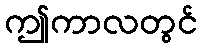
ဤကာလတွင်